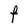
Character: F